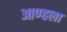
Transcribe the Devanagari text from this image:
आण्हला